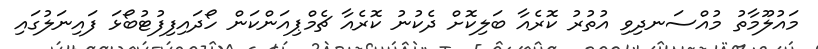
މައުލޫމާތު މުއްސަނދިވި އުތުރު ކޮރެއާ ބަލިކޮށް ދެކުނު ކޮރެއާ ޗެމްޕިއަންކަން ހޯދައިފިފުޓުބޯޅަ ފައިނަލުގައި